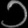
Digit: ၁